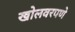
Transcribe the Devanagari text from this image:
खोलवरपणे